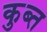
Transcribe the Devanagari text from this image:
कुब्त